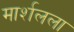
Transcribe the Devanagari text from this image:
मार्शलला